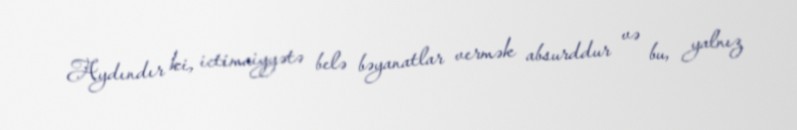
Aydındır ki, ictimaiyyətə belə bəyanatlar vermək absurddur və bu, yalnız